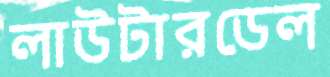
লাউটারডেল